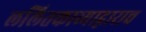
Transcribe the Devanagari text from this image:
ललितकाव्याद्वाराच